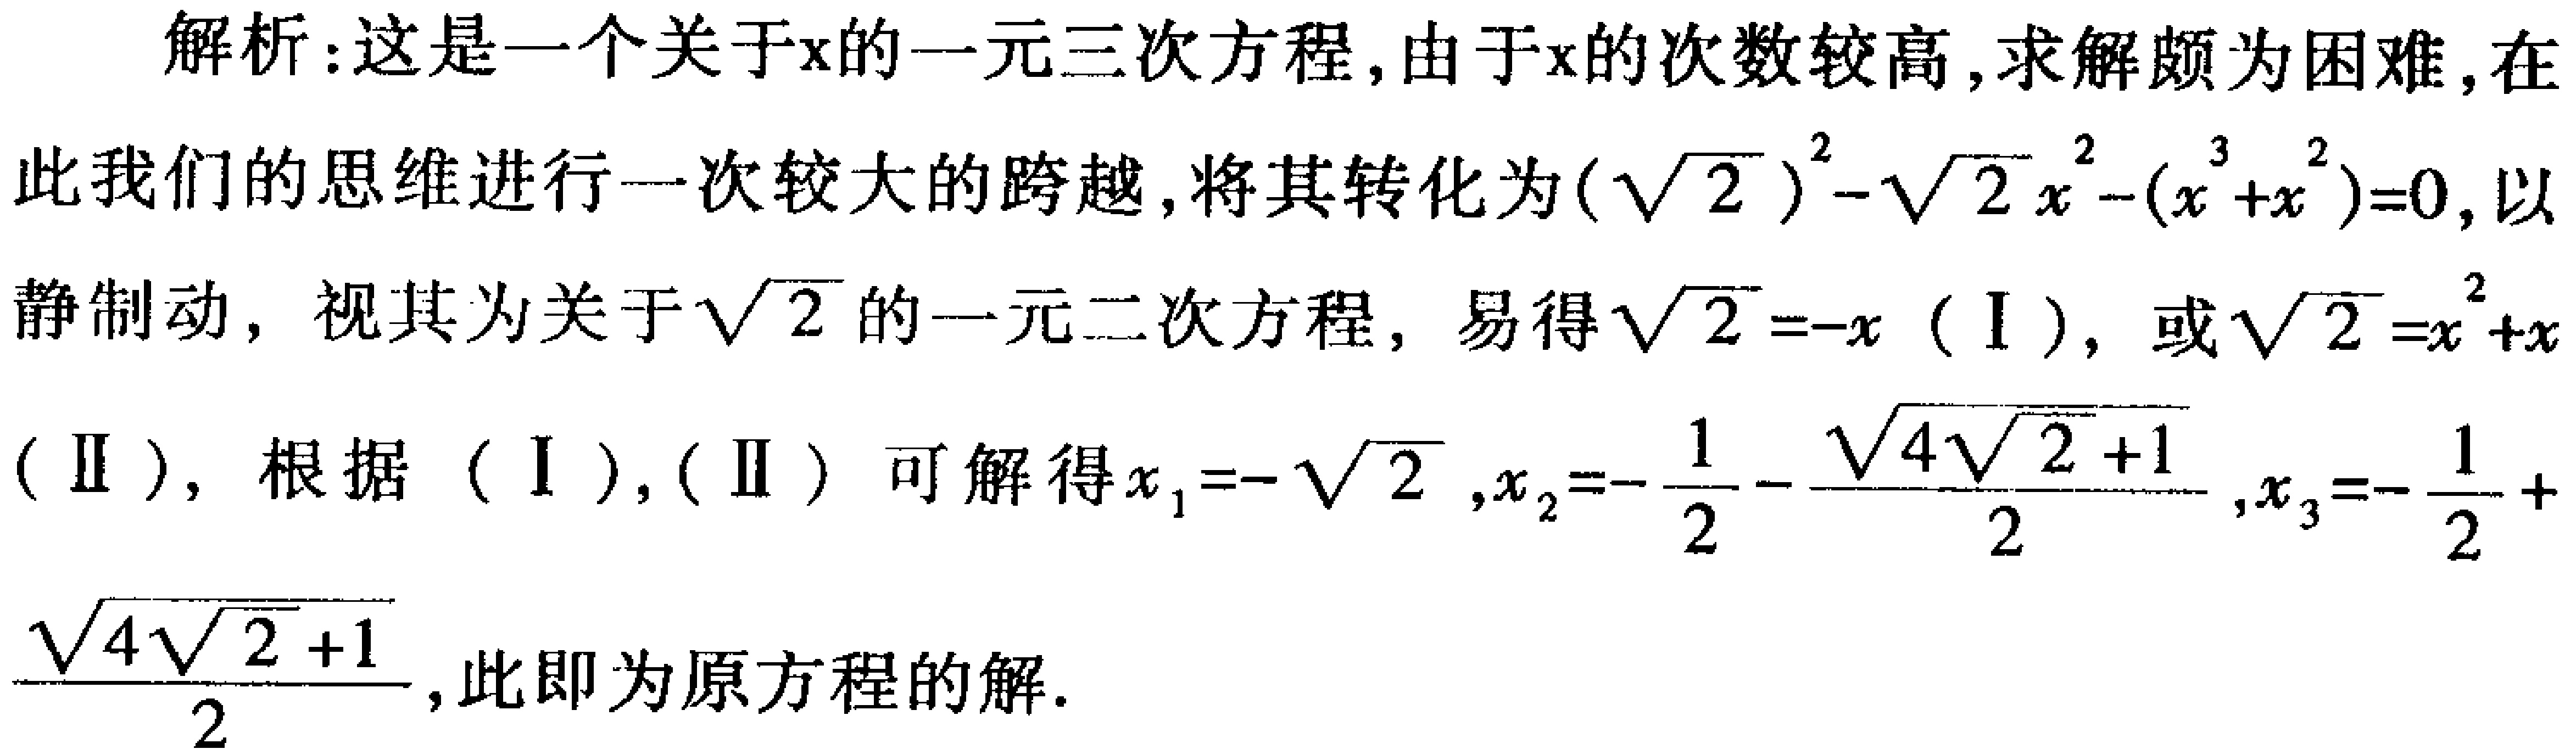
解析：这是一个关于\(x\)的一元三次方程，由于\(x\)的次数较高，求解颇为困难，在此我们的思维进行一次较大的跨越，将其转化为\((\sqrt{2})^2 - \sqrt{2}x^2-(x^3 + x^2)=0\)，以静制动，视其为关于\(\sqrt{2}\)的一元二次方程，易得\(\sqrt{2}=-x\)（I），或\(\sqrt{2}=x^2 + x\)（II），根据（I），（II）可解得\(x_1 = -\sqrt{2}\)，\(x_2=-\frac{1}{2}-\frac{\sqrt{4\sqrt{2}+1}}{2}\)，\(x_3=-\frac{1}{2}+\frac{\sqrt{4\sqrt{2}+1}}{2}\)，此即为原方程的解。